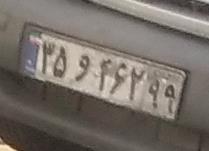
۳۵و۴۶۲۹۹